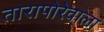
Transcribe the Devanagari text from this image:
तारापोरेवाला